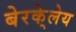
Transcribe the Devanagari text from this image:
बेरके्लेय